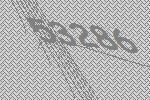
53286